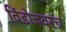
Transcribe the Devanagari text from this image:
विंडोजवरच